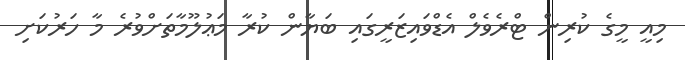
މިއީ މީގެ ކުރިން ޓްރެވެލް އެޑްވައިޒަރީގައި ބަޔާން ކުރާ މަޢުލޫމާތަށްވުރެ މާ ހަރުކަށި